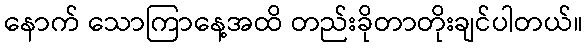
နောက် သောကြာနေ့အထိ တည်းခိုတာတိုးချင်ပါတယ်။